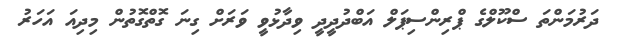
ދަރުމަންތަ ސްކޫލްގެ ޕްރިންސިޕަލް އަބްދުދީދީ ވިދާޅުވީ ވަރަށް ގިނަ ގޮތްގޮތުން މިދިއަ އަހަރު